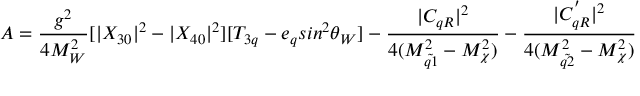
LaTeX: A = \frac { g ^ { 2 } } { 4 M _ { W } ^ { 2 } } [ | X _ { 3 0 } | ^ { 2 } - | X _ { 4 0 } | ^ { 2 } ] [ T _ { 3 q } - e _ { q } s i n ^ { 2 } \theta _ { W } ] - \frac { | C _ { q R } | ^ { 2 } } { 4 ( M _ { \tilde { q 1 } } ^ { 2 } - M _ { \chi } ^ { 2 } ) } - \frac { | C _ { q R } ^ { ' } | ^ { 2 } } { 4 ( M _ { \tilde { q 2 } } ^ { 2 } - M _ { \chi } ^ { 2 } ) }